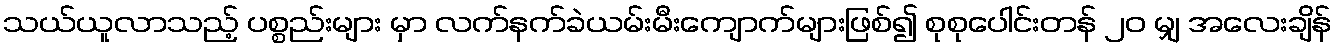
သယ်ယူလာသည့် ပစ္စည်းများ မှာ လက်နက်ခဲယမ်းမီးကျောက်များဖြစ်၍ စုစုပေါင်းတန် ၂၀ မျှ အလေးချိန်